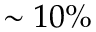
\sim 1 0 \%